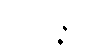
သာရဇ္ဇတိ